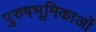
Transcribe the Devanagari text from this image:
पुरुषभूमिकाओं